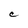
Character: C